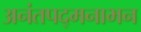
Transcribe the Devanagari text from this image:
अनंतपद्मनाभन